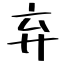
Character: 弃